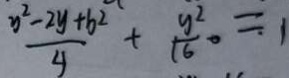
\frac { y ^ { 2 } - 2 y + b ^ { 2 } } { y } + \frac { y ^ { 2 } } { 1 6 } 。 = 1